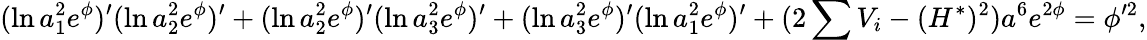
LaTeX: (\ln a_{1}^{2}e^{\phi})^{\prime}(\ln a_{2}^{2}e^{\phi})^{\prime}+(\ln a_{2}^{2}e^{\phi})^{\prime}(\ln a_{3}^{2}e^{\phi})^{\prime}+(\ln a_{3}^{2}e^{\phi})^{\prime}(\ln a_{1}^{2}e^{\phi})^{\prime}+(2\sum V_{i}-(H^{\ast})^{2})a^{6}e^{2\phi}=\phi^{\prime 2},